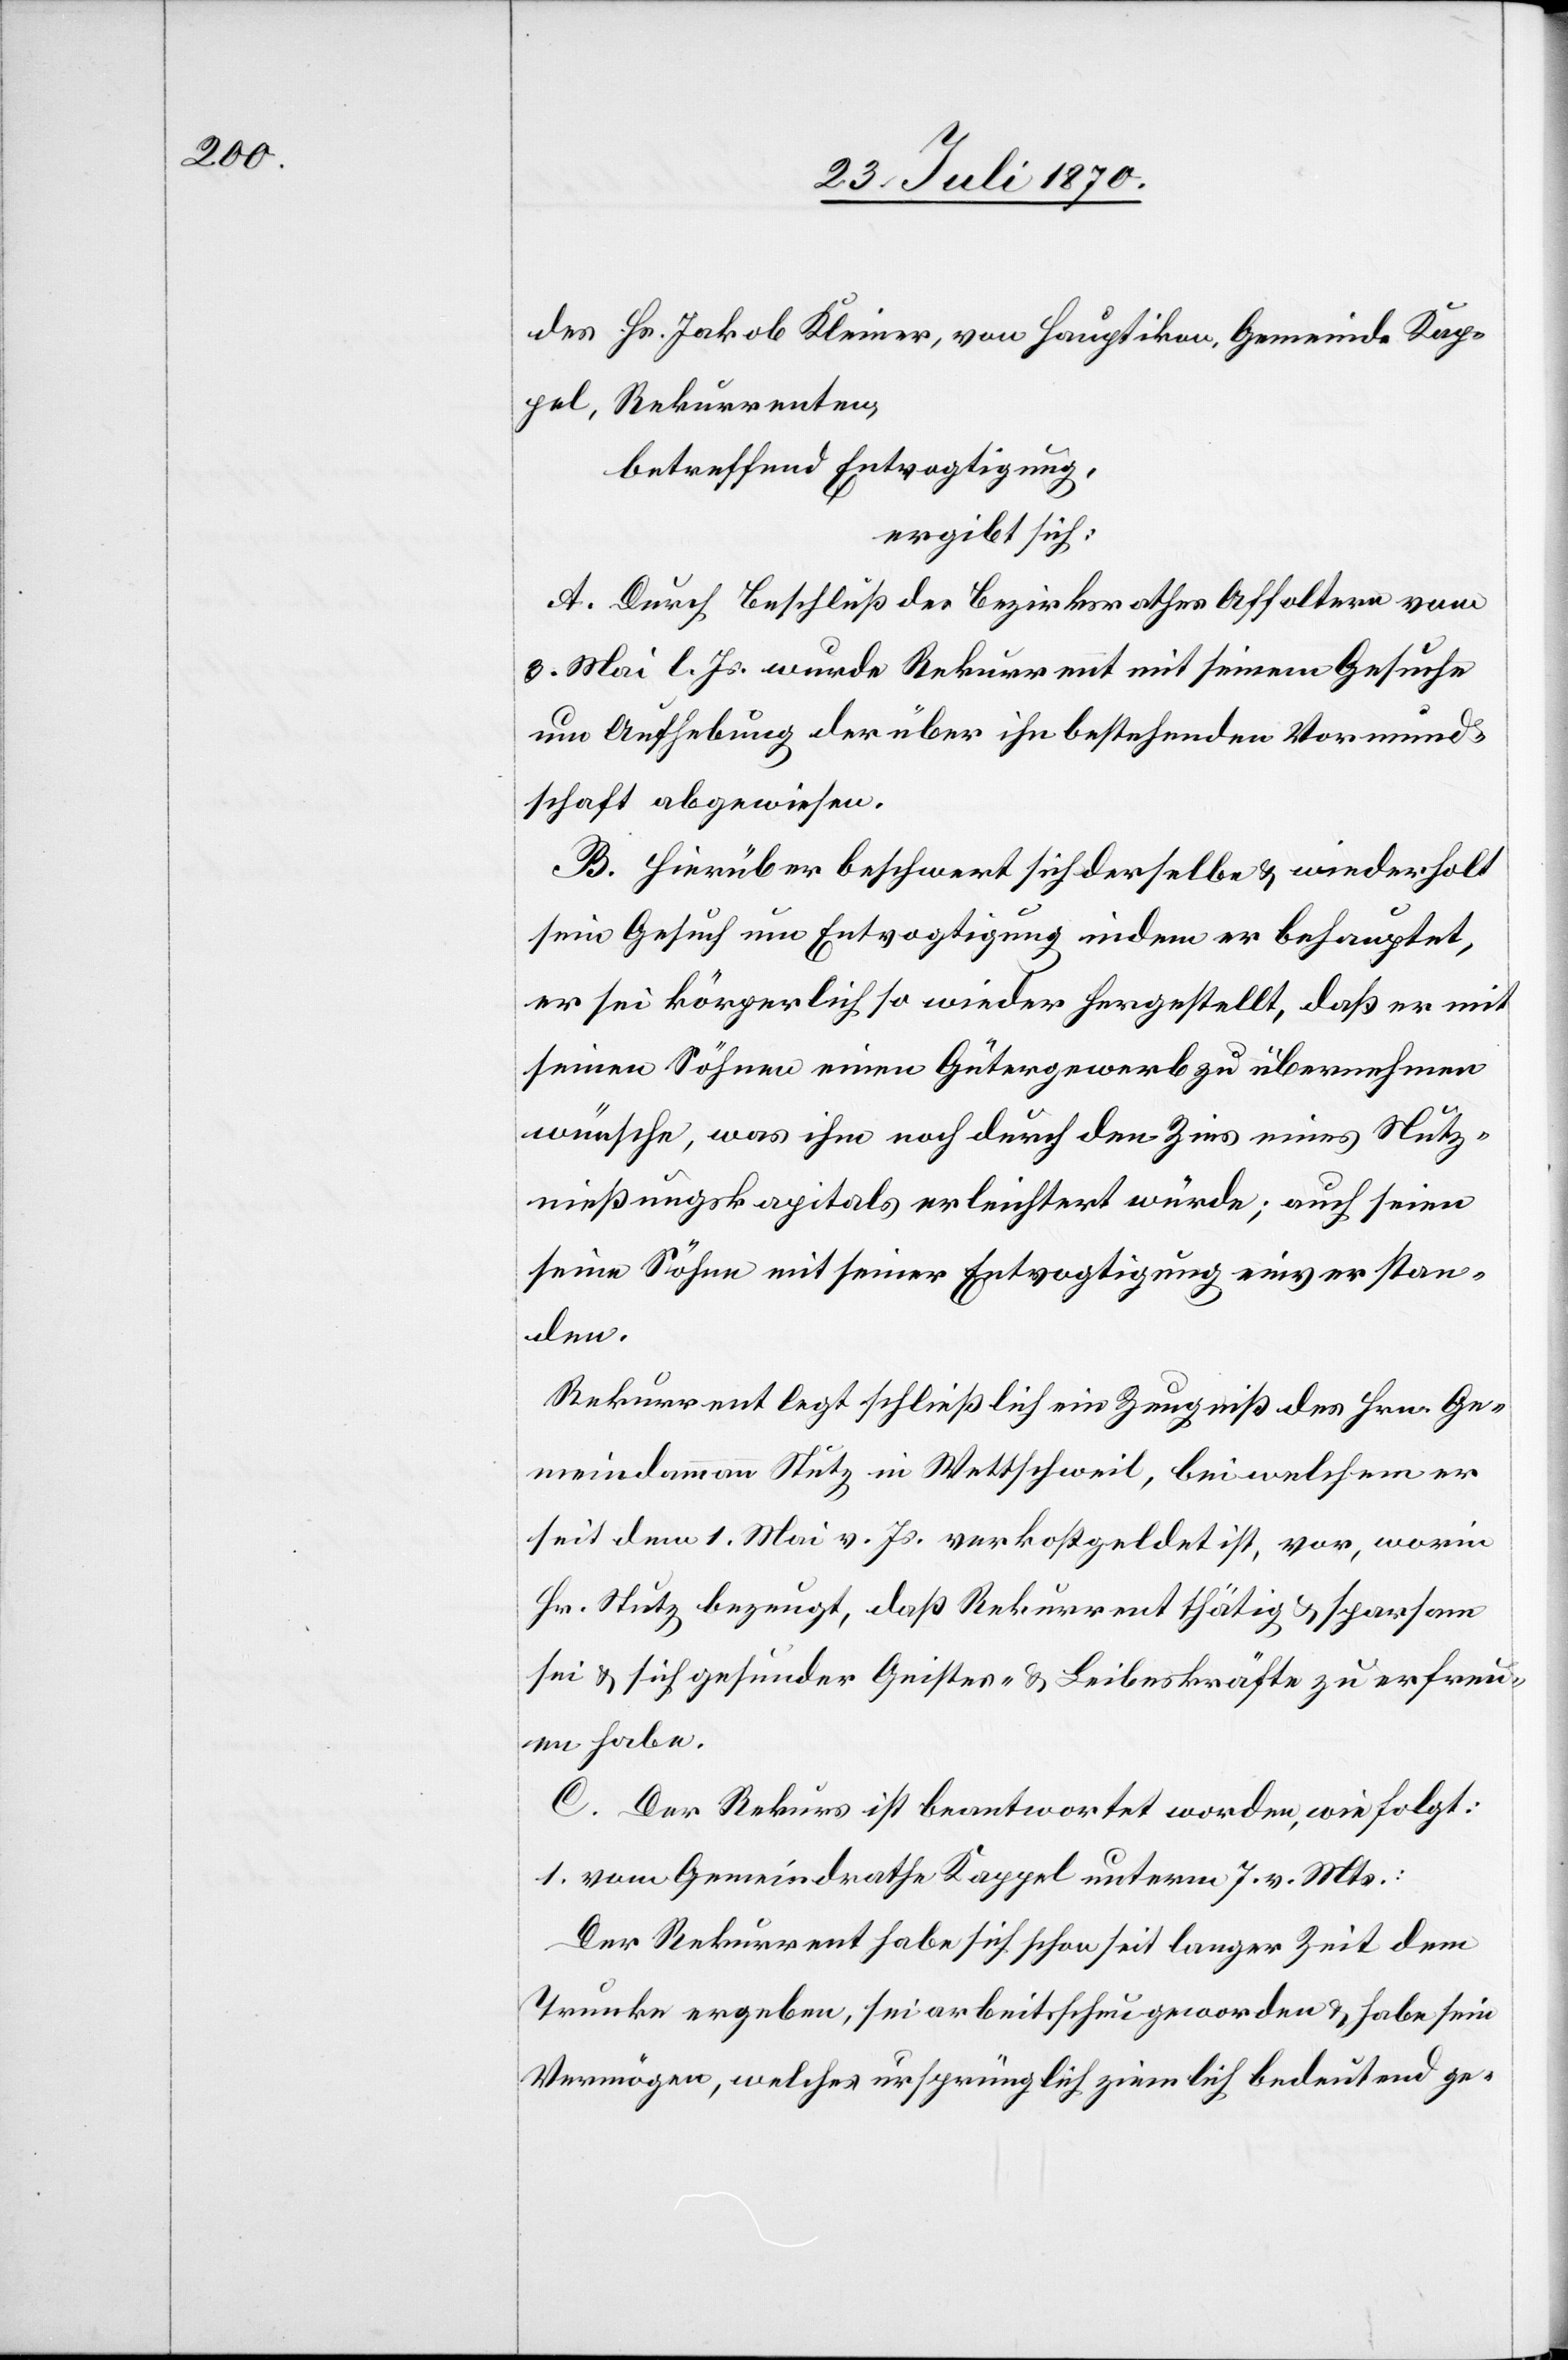
des Hs. Jakob Kleiner, von Hauptikon, Gemeinde Kap¬
pel, Rekurrenten,
betreffend Entvogtigung,
ergibt sich:
A. Durch Beschluß des Bezirksrathes Affoltern vom
[?3.] Mai l. Js. wurde Rekurrent mit seinem Gesuche
um Aufhebung der über ihn bestehenden Vormund¬
schaft abgewiesen.
B. Hierüber beschwert sich derselbe & wiederholt
sein Gesuch um Entvogtigung indem er behauptet,
er sei körperlich so wieder hergestellt, daß er mit
seinen Söhnen einen Gütergewerb zu übernehmen
wünsche, was ihm noch durch den Zins eines Nutz¬
nießungskapitals erleichtert würde; auch seien
seine Söhne mit seiner Entvogtigung einverstan¬
den.
Rekurrent legt schließlich ein Zeugniß des Hrn. Ge¬
meindammann Stutz in Wettschweil [sic!], bei welchem er
seit dem 1. Mai v. Js. verkostgeldet ist, vor, worin
Hr. Stutz bezeugt, daß Rekurrent thätig & sparsam
sei & sich gesunder Geistes- & Leibeskräfte zu erfreu¬
en habe.
C. Der Rekurs ist beantwortet worden, wie folgt:
1. vom Gemeindrathe Kappel unterm 7. v. Mts.:
Der Rekurrent habe sich schon seit langer Zeit dem
Trunke ergeben, sei arbeitsscheu geworden & habe sein
Vermögen, welches ursprünglich ziemlich bedeutend ge-